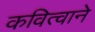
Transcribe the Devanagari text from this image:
कवित्वाने